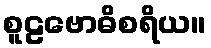
စူဠဗောဓိစရိယ။